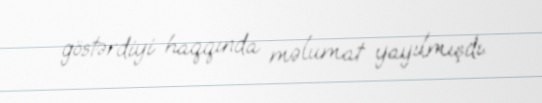
göstərdiyi haqqında məlumat yayılmışdı.